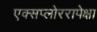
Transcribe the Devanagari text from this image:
एक्सप्लोररापेक्षा